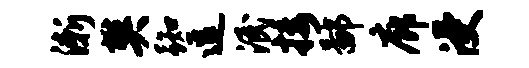
渐樊踟逗泯接鄙廊浸